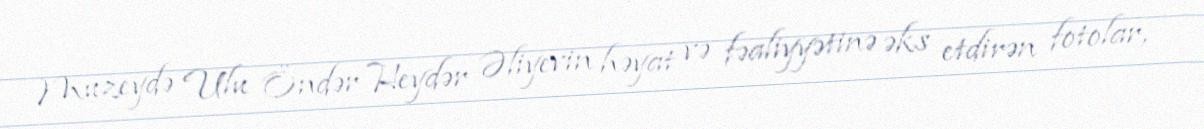
Muzeydə Ulu Öndər Heydər Əliyevin həyat və fəaliyyətinə əks etdirən fotolar,